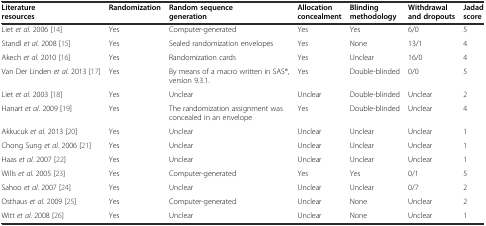
<table><thead><tr><td><b>Literature resources</b></td><td><b>Randomization</b></td><td><b>Random sequence generation</b></td><td><b>Allocation concealment</b></td><td><b>Blinding methodology</b></td><td><b>Withdrawal and dropouts</b></td><td><b>Jadad score</b></td></tr></thead><tbody><tr><td>Liet <i>et al</i>. 2006 [14]</td><td>Yes</td><td>Computer-generated</td><td>Yes</td><td>Yes</td><td>6/0</td><td>5</td></tr><tr><td>Standl <i>et al</i>. 2008 [15]</td><td>Yes</td><td>Sealed randomization envelopes</td><td>Yes</td><td>None</td><td>13/1</td><td>4</td></tr><tr><td>Akech <i>et al</i>. 2010 [16]</td><td>Yes</td><td>Randomization cards</td><td>Yes</td><td>Unclear</td><td>16/0</td><td>4</td></tr><tr><td>Van Der Linden <i>et al</i>. 2013 [17]</td><td>Yes</td><td>By means of a macro written in SAS®, version 9.3.1.</td><td>Yes</td><td>Double-blinded</td><td>0/0</td><td>5</td></tr><tr><td>Liet <i>et al</i>. 2003 [18]</td><td>Yes</td><td>Unclear</td><td>Unclear</td><td>Double-blinded</td><td>Unclear</td><td>2</td></tr><tr><td>Hanart <i>et al</i>. 2009 [19]</td><td>Yes</td><td>The randomization assignment was concealed in an envelope</td><td>Yes</td><td>Double-blinded</td><td>Unclear</td><td>4</td></tr><tr><td>Akkucuk <i>et al</i>. 2013 [20]</td><td>Yes</td><td>Unclear</td><td>Unclear</td><td>Unclear</td><td>Unclear</td><td>1</td></tr><tr><td>Chong Sung <i>et al</i>. 2006 [21]</td><td>Yes</td><td>Unclear</td><td>Unclear</td><td>Unclear</td><td>Unclear</td><td>1</td></tr><tr><td>Haas <i>et al</i>. 2007 [22]</td><td>Yes</td><td>Unclear</td><td>Unclear</td><td>Unclear</td><td>Unclear</td><td>1</td></tr><tr><td>Wills <i>et al</i>. 2005 [23]</td><td>Yes</td><td>Computer-generated</td><td>Yes</td><td>Yes</td><td>0/1</td><td>5</td></tr><tr><td>Sahoo <i>et al</i>. 2007 [24]</td><td>Yes</td><td>Unclear</td><td>Unclear</td><td>Unclear</td><td>0/7</td><td>2</td></tr><tr><td>Osthaus <i>et al</i>. 2009 [25]</td><td>Yes</td><td>Computer-generated</td><td>Unclear</td><td>None</td><td>Unclear</td><td>2</td></tr><tr><td>Witt <i>et al</i>. 2008 [26]</td><td>Yes</td><td>Unclear</td><td>Unclear</td><td>None</td><td>Unclear</td><td>1</td></tr></tbody></table>